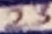
Text: 23